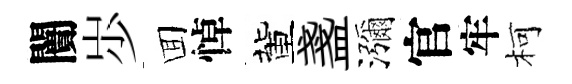
闠𡵯囬悼董盞瀰官牢柯